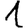
Digit: 1